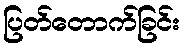
ပြတ်တောက်ခြင်း